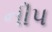
નીપ